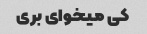
کی میخوای بری